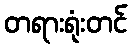
တရားရုံးတင်